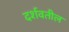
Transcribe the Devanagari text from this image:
दर्शवतील